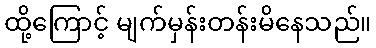
ထို့ကြောင့် မျက်မှန်းတန်းမိနေသည်။